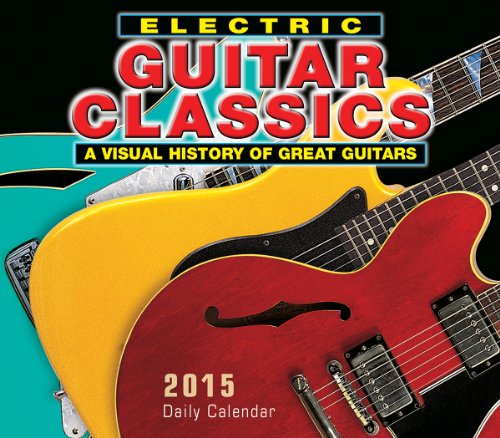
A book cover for Electric Guitar Classics; A Visual History of Great Guitars 2015 Boxed Calendar; Outline Press Limited; Calendars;